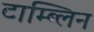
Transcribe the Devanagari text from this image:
टाम्ब्लिन